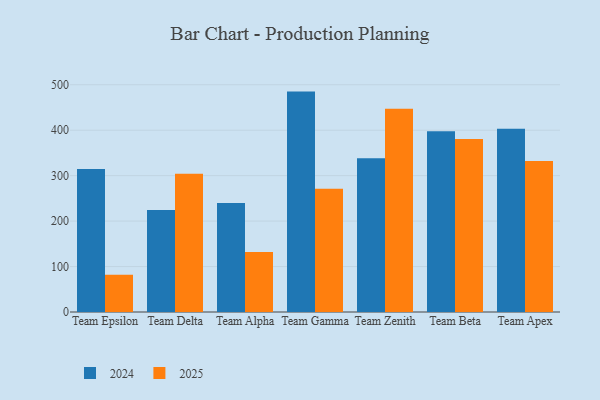
{"axis": {"x": "Team", "y": "Churn Rate (%)"}, "legend": ["2024", "2025"], "data": [{"x": "Team Epsilon", "y": 314.5, "type": "2024"}, {"x": "Team Epsilon", "y": 81.9, "type": "2025"}, {"x": "Team Delta", "y": 224.5, "type": "2024"}, {"x": "Team Delta", "y": 304.4, "type": "2025"}, {"x": "Team Alpha", "y": 239.8, "type": "2024"}, {"x": "Team Alpha", "y": 132.0, "type": "2025"}, {"x": "Team Gamma", "y": 484.9, "type": "2024"}, {"x": "Team Gamma", "y": 271.1, "type": "2025"}, {"x": "Team Zenith", "y": 338.5, "type": "2024"}, {"x": "Team Zenith", "y": 447.3, "type": "2025"}, {"x": "Team Beta", "y": 397.7, "type": "2024"}, {"x": "Team Beta", "y": 380.8, "type": "2025"}, {"x": "Team Apex", "y": 402.9, "type": "2024"}, {"x": "Team Apex", "y": 332.3, "type": "2025"}]}